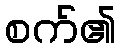
စက်၏